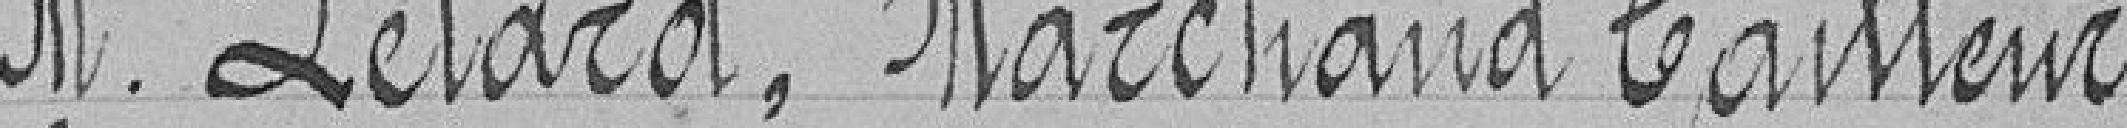
M. Pétard, marchand tailleur.